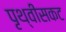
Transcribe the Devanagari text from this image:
पृथ्वीसकट